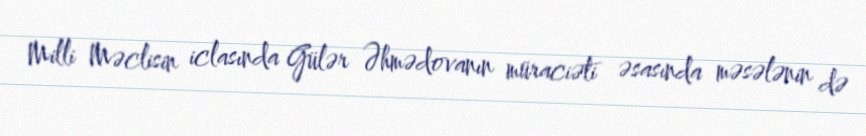
Milli Məclisin iclasında Gülər Əhmədovanın müraciəti əsasında məsələnin də